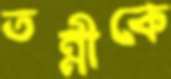
তন্নীকে